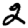
Digit: 2